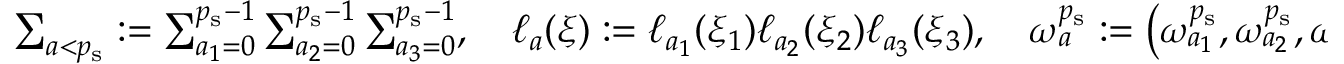
\begin{array} { r } { \sum _ { a < { p _ { \mathrm { s } } } } : = \sum _ { a _ { 1 } = 0 } ^ { { p _ { \mathrm { s } } } - 1 } \sum _ { a _ { 2 } = 0 } ^ { { p _ { \mathrm { s } } } - 1 } \sum _ { a _ { 3 } = 0 } ^ { { p _ { \mathrm { s } } } - 1 } , \quad \ell _ { a } ( \boldsymbol { \xi } ) : = \ell _ { a _ { 1 } } ( \xi _ { 1 } ) \ell _ { a _ { 2 } } ( \xi _ { 2 } ) \ell _ { a _ { 3 } } ( \xi _ { 3 } ) , \quad \boldsymbol { \omega } _ { a } ^ { p _ { \mathrm { s } } } : = \left( \omega _ { a _ { 1 } } ^ { p _ { \mathrm { s } } } , \omega _ { a _ { 2 } } ^ { p _ { \mathrm { s } } } , \omega _ { a _ { 3 } } ^ { p _ { \mathrm { s } } } \right) } \end{array}